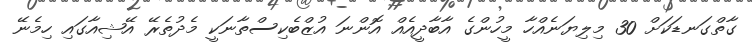
ގާތްގަނޑަކަށް 30 މިލިޔަނެއްހާ މީހުންގެ އާބާދީއެއް އޮންނަ އުޒްބެކިސްތާނަކީ މެދުތެރޭ އޭޝިއާގައި ހިމެނޭ